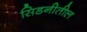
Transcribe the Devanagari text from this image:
सिडनीतील